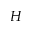
H